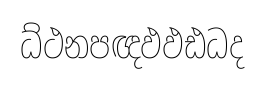
ධ්ථනපඥඵඵඪධද